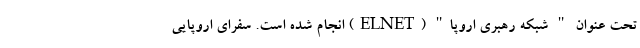
تحت عنوان " شبکه رهبری اروپا" (ELNET) انجام شده است. سفرای اروپایی